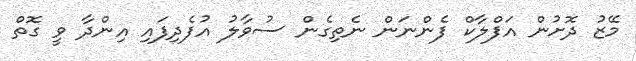
މޭޒު ދޮށުން އަފްލާކް ފެންނަން ނެތިގެން ސުވާލު އުފެދިފައި އިންދާ ވީ ގޮތް